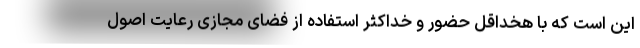
این است که با هخداقل حضور و خداکثر استفاده از فضای مجازی رعایت اصول